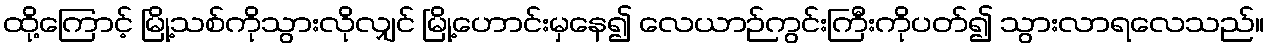
ထို့ကြောင့် မြို့သစ်ကိုသွားလိုလျှင် မြို့ဟောင်းမှနေ၍ လေယာဉ်ကွင်းကြီးကိုပတ်၍ သွားလာရလေသည်။